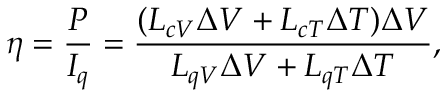
\eta = \frac { P } { I _ { q } } = \frac { ( L _ { c V } \Delta V + L _ { c T } \Delta T ) \Delta V } { L _ { q V } \Delta V + L _ { q T } \Delta T } ,